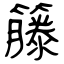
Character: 籐